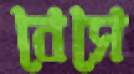
বেসে